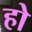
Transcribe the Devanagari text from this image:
हो